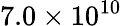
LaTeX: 7.0\times 10^{10}